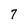
Character: 7